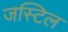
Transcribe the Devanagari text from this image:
जस्टिल